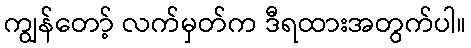
ကျွန်တော့် လက်မှတ်က ဒီရထားအတွက်ပါ။